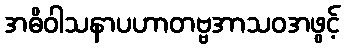
အဓိဝါသနာပဟာတဗ္ဗအာသဝအဖွင့်